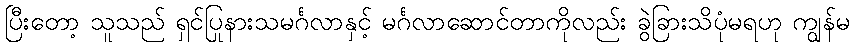
ပြီးတော့ သူသည် ရှင်ပြုနားသမင်္ဂလာနှင့် မင်္ဂလာဆောင်တာကိုလည်း ခွဲခြားသိပုံမရဟု ကျွန်မ